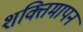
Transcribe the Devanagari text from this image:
शक्तिमापन